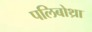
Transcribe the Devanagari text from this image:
पलिबोथ्रा